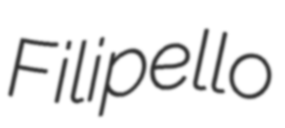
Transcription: Filipello